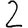
Digit: 2